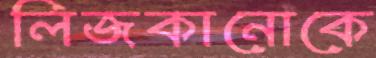
লিজকানোকে